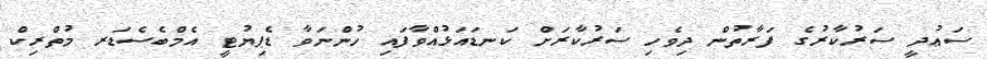
ސަޢުދީ ސަރުކާރުގެ ފަރާތުން ދިވެހި ސަރުކާރަށް ކަނޑައަޅުއްވާފައި ހުންނަވާ ޑެޕިޔުޓީ އެމްބެސެޑަރ މުތްރިކް